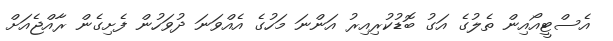
އެސްޓީއޯއިން ތެލުގެ އަގު ބޮޑުކުރިއިރު އަންނަ މަހުގެ އެއްވަނަ ދުވަހުން ފެށިގެން ރާއްޖެއަށް